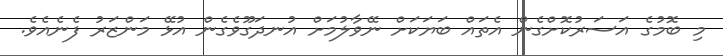
މި ބޮމުގެ އަސަރުކޮށްގެން އެތައް ބަޔަކަށް ނޭވާލުމަށް އުނދަގޫވެގެން އުޅޭ މަންޒަރު ފެނެއެވެ.